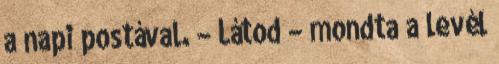
a napi postával. – Látod – mondta a levél